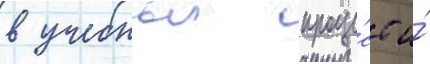
в учебныи проце́сс и́